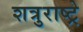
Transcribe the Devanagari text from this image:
शत्रुराष्ट्रे